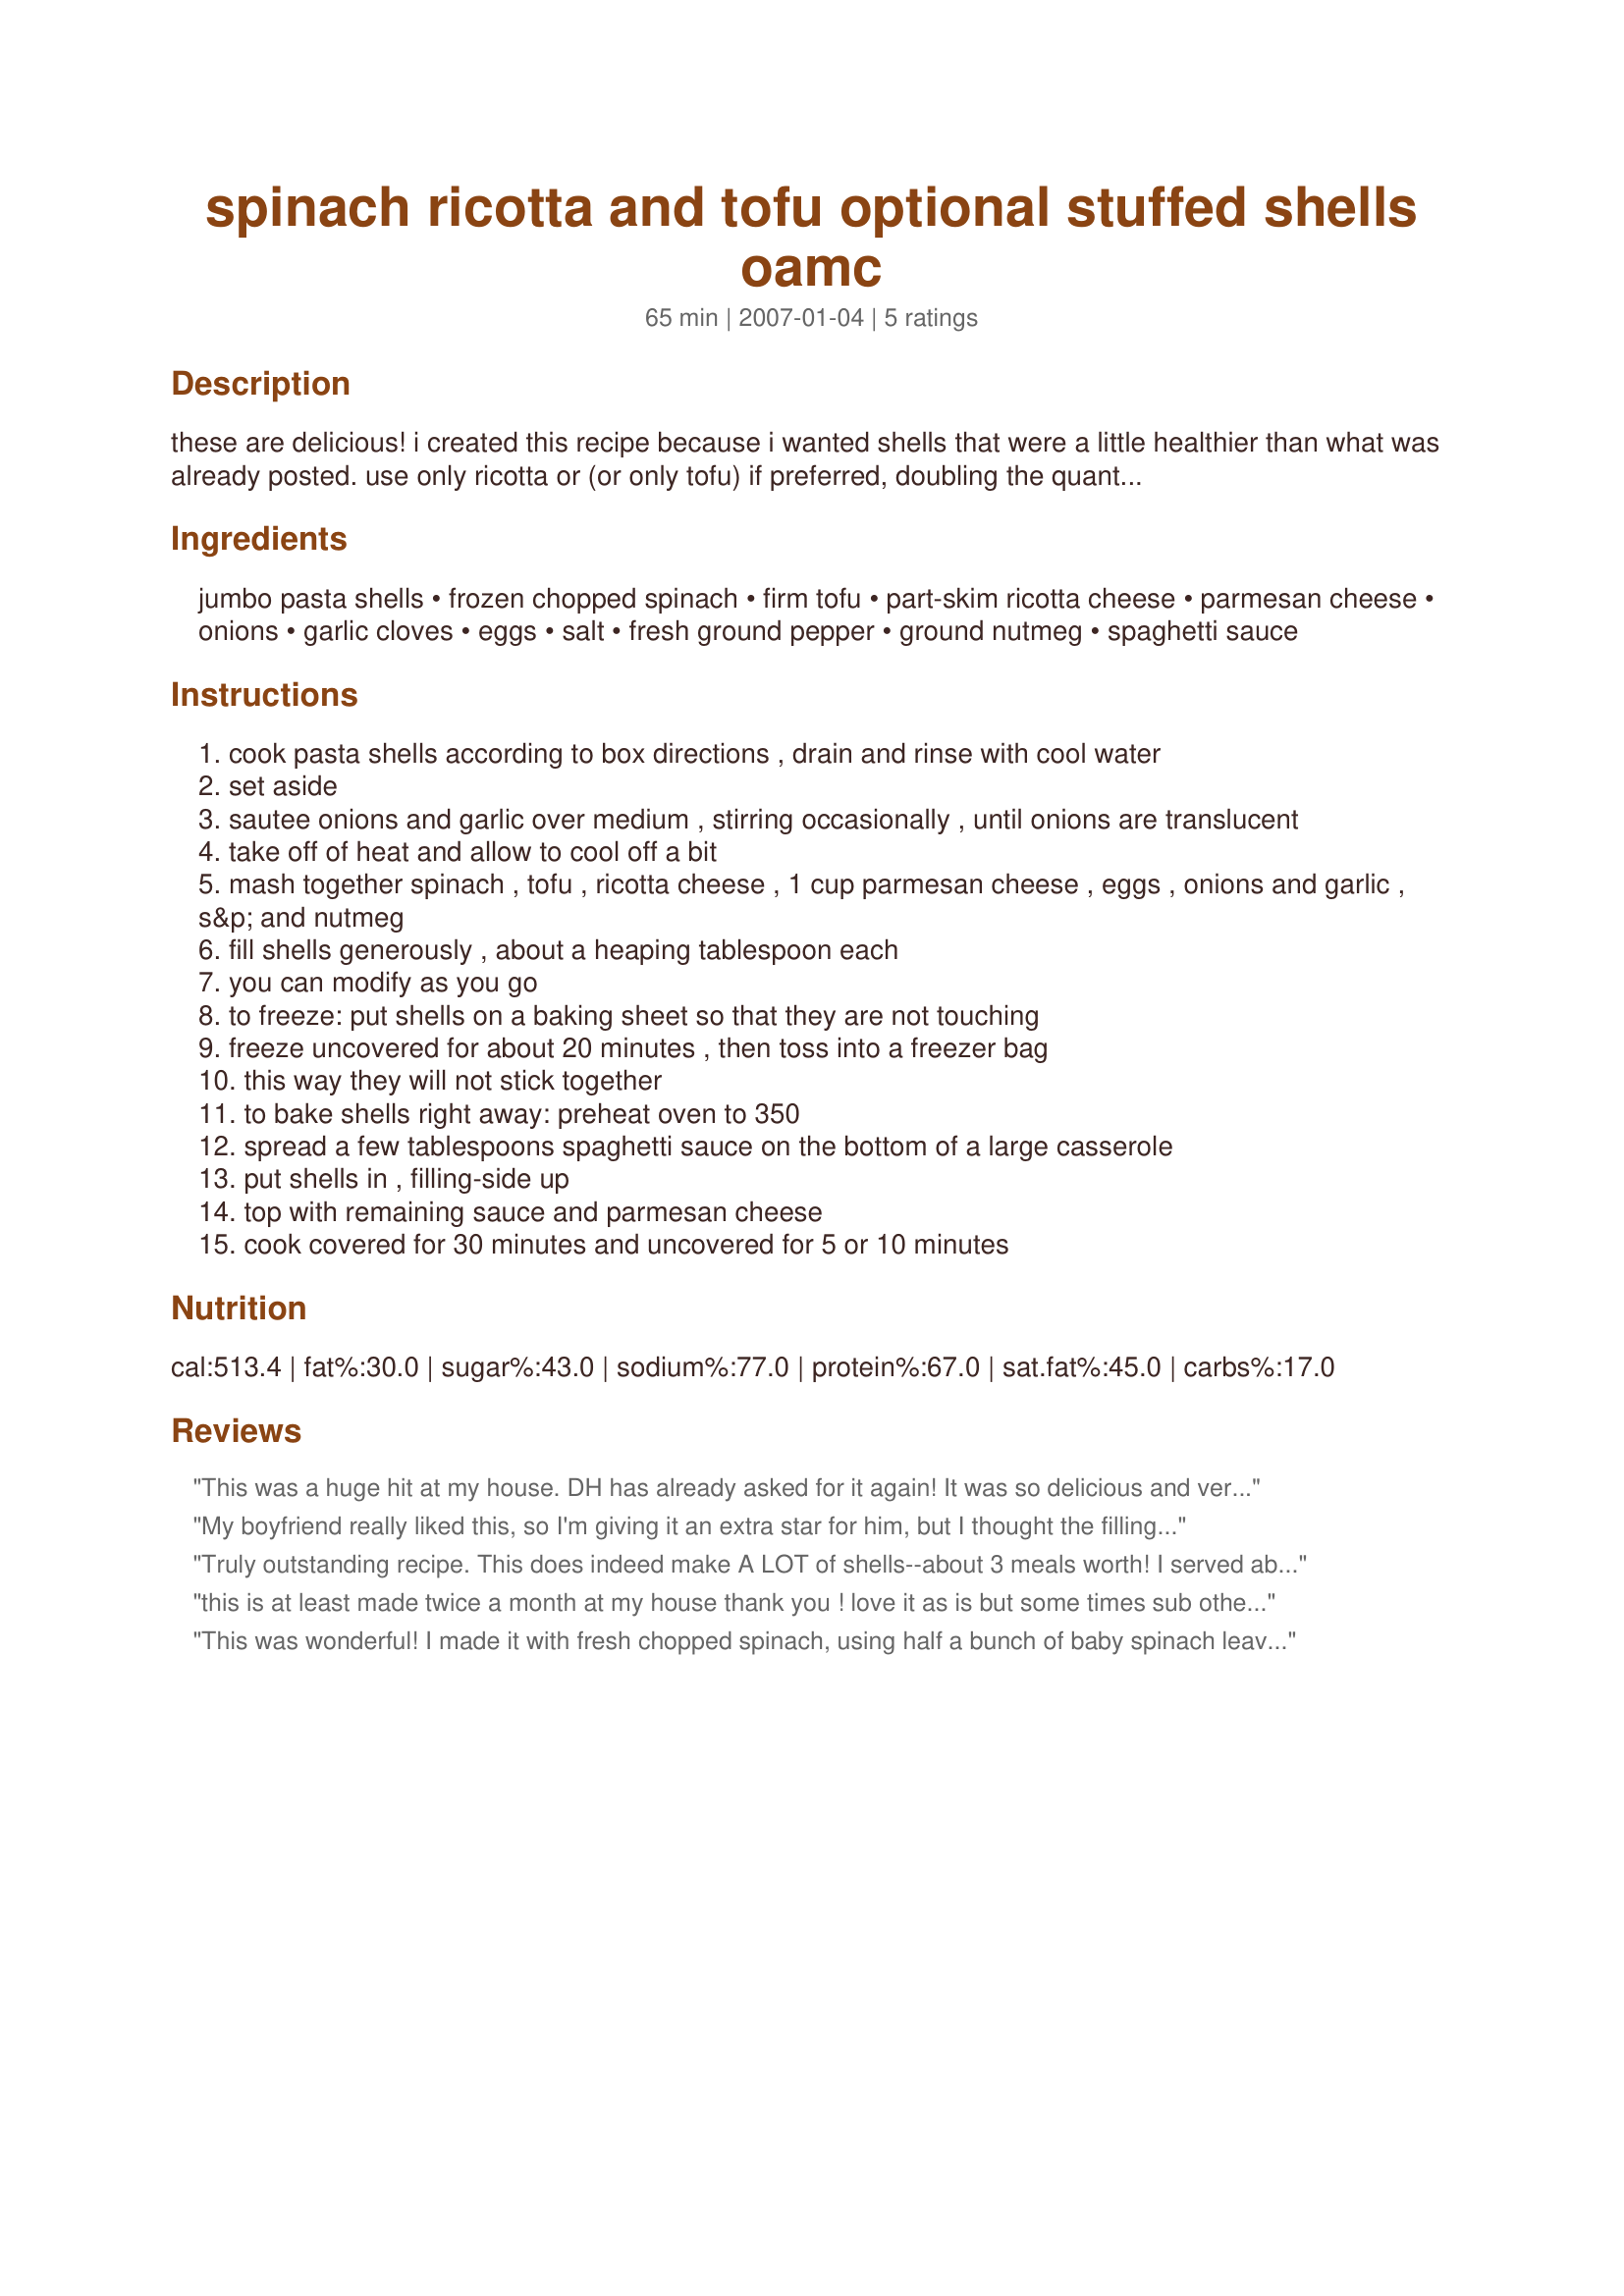
spinach ricotta and tofu optional stuffed shells oamc
Preparation time: 65 minutes

these are delicious! i created this recipe because i wanted shells that were a little healthier than what was already posted. use only ricotta or (or only tofu) if preferred, doubling the quantity.

this makes a lot of shells (around 30). if you half it, just use one large egg or two small. everything else is straightforward. freezes well (instructions below).

Ingredients:
jumbo pasta shells, frozen chopped spinach, firm tofu, part-skim ricotta cheese, parmesan cheese, onions, garlic cloves, eggs, salt, fresh ground pepper, ground nutmeg, spaghetti sauce

Steps:
cook pasta shells according to box directions , drain and rinse with cool water
set aside
sautee onions and garlic over medium , stirring occasionally , until onions are translucent
take off of heat and allow to cool off a bit
mash together spinach , tofu , ricotta cheese , 1 cup parmesan cheese , eggs , onions and garlic , s&p and nutmeg
fill shells generously , about a heaping tablespoon each
you can modify as you go
to freeze: put shells on a baking sheet so that they are not touching
freeze uncovered for about 20 minutes , then toss into a freezer bag
this way they will not stick together
to bake shells right away: preheat oven to 350
spread a few tablespoons spaghetti sauce on the bottom of a large casserole
put shells in , filling-side up
top with remaining sauce and parmesan cheese
cook covered for 30 minutes and uncovered for 5 or 10 minutes

Reviews:
This was a huge hit at my house. DH has already asked for it again! It was so delicious and very easy to prepare. I did not use the optional tofu, and I used only one package of frozen spinach (as that was all I had on hand). But that didn't really matter, it was still a VERY scrumptious dinner. Thanks for sharing your recipe, Natalia 3. Made for 2009 Spring Pick-A-Chef.
My boyfriend really liked this, so I'm giving it an extra star for him, but I thought the filling was really bland. I used just ricotta. If I make this again I'll probably try putting more garlic and mixing some Italian herbs into the filling. It seems like a good way to use up my bountiful spinach harvest.
Truly outstanding recipe. This does indeed make A LOT of shells--about 3 meals worth! I served about 18 (and had leftovers), and froze 24. I only used 16 oz. spinach, 13 oz. tofu and 15 oz. ricotta (because that's what I had)and it still made an enormous amount of extremely delicious food. My husband was surprised to learn that he was eating tofu, and my 5-year-old inhaled these. Thank you for a wonderful recipe!
this is at least made twice a month at my house thank you ! love it as is but some times sub other veggies for the spinach, we like canned artichoke chopped in its place and we use 3 cups of cheese and 2 jars of sauce.
This was wonderful! I made it with fresh chopped spinach, using half a bunch of baby spinach leaves. I also used Newman's Marinara sauce, 2 jars instead of one. Finally, I used shaker parmesan cheese instead of shredded. Delish!!! It got rave reviews from 6 hungry people, with 18 shells left over!
